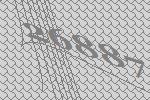
26887